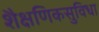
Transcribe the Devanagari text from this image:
शैक्षणिकसुविधा